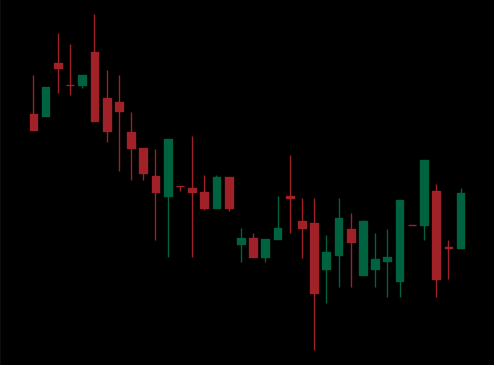
Pattern: bull_flag